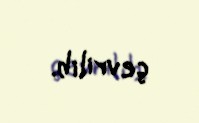
çevrilib.